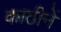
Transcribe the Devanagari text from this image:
काठीनें